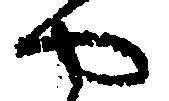
や